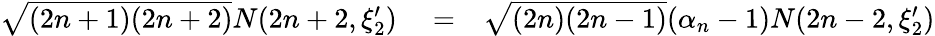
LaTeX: \begin{array}{rlr}{\sqrt{(2n+1)(2n+2)}N(2n+2,\xi_{2}^{\prime})}&{{}=}&{\sqrt{(2n)(2n-1)}(\alpha_{n}-1)N(2n-2,\xi_{2}^{\prime})}\end{array}